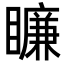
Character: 𥋲